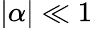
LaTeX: |\alpha|\ll 1